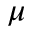
\mu